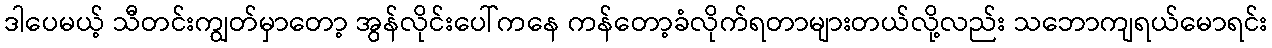
ဒါပေမယ့် သီတင်းကျွတ်မှာတော့ အွန်လိုင်းပေါ်ကနေ ကန်တော့ခံလိုက်ရတာများတယ်လို့လည်း သဘောကျရယ်မောရင်း